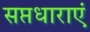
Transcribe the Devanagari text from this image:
सप्तधाराएं